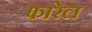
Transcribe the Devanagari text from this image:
फारेल